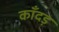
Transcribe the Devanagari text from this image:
काँदड़